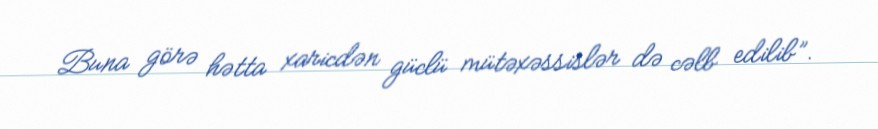
Buna görə hətta xaricdən güclü mütəxəssislər də cəlb edilib”.